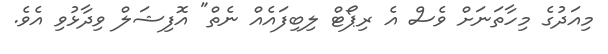
މިއަދުގެ މިހާތަނަށް ވެސް އެ ރިޕޯޓް ލިބިފައެއް ނެތް" އޮފިޝަލް ވިދާޅުވި އެވެ.